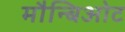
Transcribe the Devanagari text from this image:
मौन्बिओट